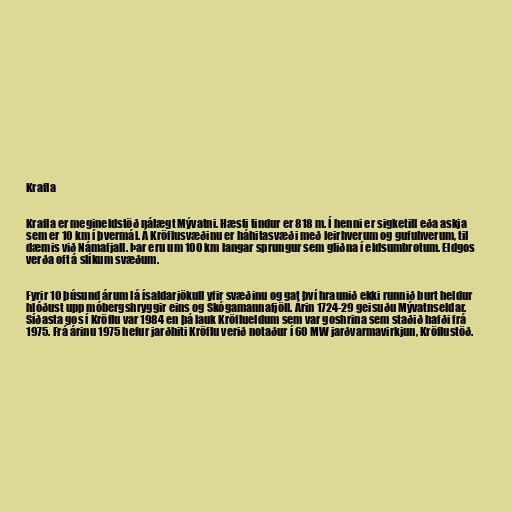
Krafla

Krafla er megineldstöð nálægt Mývatni. Hæsti tindur er 818 m. Í henni er sigketill eða askja
sem er 10 km í þvermál. Á Kröflusvæðinu er háhitasvæði með leirhverum og gufuhverum, til
dæmis við Námafjall. Þar eru um 100 km langar sprungur sem gliðna í eldsumbrotum. Eldgos
verða oft á slíkum svæðum.

Fyrir 10 þúsund árum lá ísaldarjökull yfir svæðinu og gat því hraunið ekki runnið burt heldur
hlóðust upp móbergshryggir eins og Skógamannafjöll. Árin 1724-29 geisuðu Mývatnseldar.
Síðasta gos í Kröflu var 1984 en þá lauk Kröflueldum sem var goshrina sem staðið hafði frá
1975. Frá árinu 1975 hefur jarðhiti Kröflu verið notaður í 60 MW jarðvarmavirkjun, Kröflustöð.